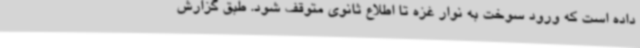
داده است که ورود سوخت به نوار غزه تا اطلاع ثانوی متوقف شود. طبق گزارش